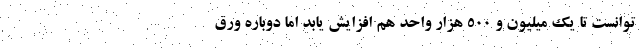
توانست تا یک میلیون و ۵۰۰ هزار واحد هم افزایش یابد اما دوباره ورق